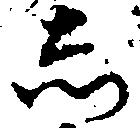
し